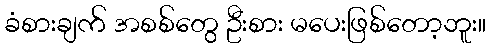
ခံစားချက် အစစ်တွေ ဦးစား မပေးဖြစ်တော့ဘူး။